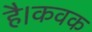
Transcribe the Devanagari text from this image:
है।कवक